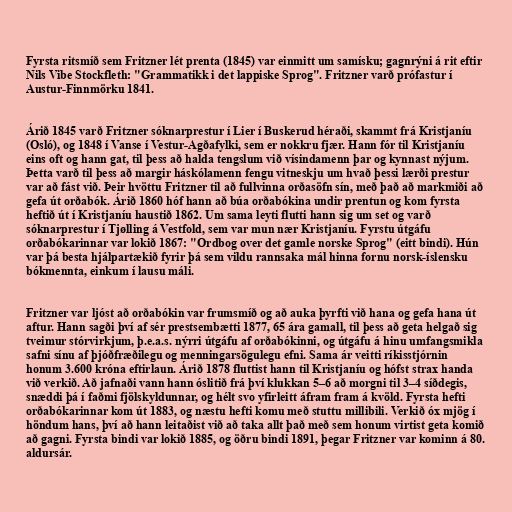
Fyrsta ritsmíð sem Fritzner lét prenta (1845) var einmitt um samísku; gagnrýni á rit eftir
Nils Vibe Stockfleth: "Grammatikk i det lappiske Sprog". Fritzner varð prófastur í
Austur-Finnmörku 1841.

Árið 1845 varð Fritzner sóknarprestur í Lier í Buskerud héraði, skammt frá Kristjaníu
(Osló), og 1848 í Vanse í Vestur-Agðafylki, sem er nokkru fjær. Hann fór til Kristjaníu
eins oft og hann gat, til þess að halda tengslum við vísindamenn þar og kynnast nýjum.
Þetta varð til þess að margir háskólamenn fengu vitneskju um hvað þessi lærði prestur
var að fást við. Þeir hvöttu Fritzner til að fullvinna orðasöfn sín, með það að markmiði að
gefa út orðabók. Árið 1860 hóf hann að búa orðabókina undir prentun og kom fyrsta
heftið út í Kristjaníu haustið 1862. Um sama leyti flutti hann sig um set og varð
sóknarprestur í Tjølling á Vestfold, sem var mun nær Kristjaníu. Fyrstu útgáfu
orðabókarinnar var lokið 1867: "Ordbog over det gamle norske Sprog" (eitt bindi). Hún
var þá besta hjálpartækið fyrir þá sem vildu rannsaka mál hinna fornu norsk-íslensku
bókmennta, einkum í lausu máli.

Fritzner var ljóst að orðabókin var frumsmíð og að auka þyrfti við hana og gefa hana út
aftur. Hann sagði því af sér prestsembætti 1877, 65 ára gamall, til þess að geta helgað sig
tveimur stórvirkjum, þ.e.a.s. nýrri útgáfu af orðabókinni, og útgáfu á hinu umfangsmikla
safni sínu af þjóðfræðilegu og menningarsögulegu efni. Sama ár veitti ríkisstjórnin
honum 3.600 króna eftirlaun. Árið 1878 fluttist hann til Kristjaníu og hófst strax handa
við verkið. Að jafnaði vann hann óslitið frá því klukkan 5–6 að morgni til 3–4 síðdegis,
snæddi þá í faðmi fjölskyldunnar, og hélt svo yfirleitt áfram fram á kvöld. Fyrsta hefti
orðabókarinnar kom út 1883, og næstu hefti komu með stuttu millibili. Verkið óx mjög í
höndum hans, því að hann leitaðist við að taka allt það með sem honum virtist geta komið
að gagni. Fyrsta bindi var lokið 1885, og öðru bindi 1891, þegar Fritzner var kominn á 80.
aldursár.